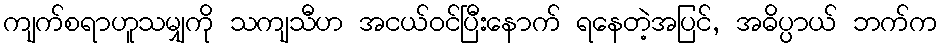
ကျက်စရာဟူသမျှကို သကျသီဟ အငယ်ဝင်ပြီးနောက် ရနေတဲ့အပြင်, အဓိပ္ပာယ် ဘက်က